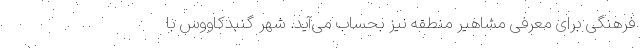
فرهنگی برای معرفی مشاهیر منطقه نیز بحساب می‌آید. شهر گنبدکاووس با